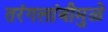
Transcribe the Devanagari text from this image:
तरंगलांबीमुळे